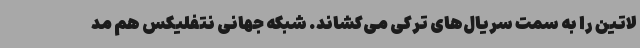
لاتین را به سمت سریال‌های ترکی می‌کشاند. شبکه جهانی نتفلیکس هم مد